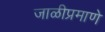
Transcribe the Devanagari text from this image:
जाळीप्रमाणे